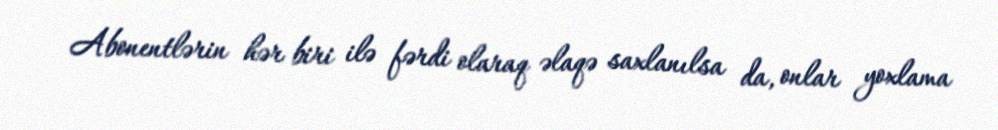
Abonentlərin hər biri ilə fərdi olaraq əlaqə saxlanılsa da, onlar yoxlama